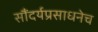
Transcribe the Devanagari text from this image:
सौंदर्यप्रसाधनेच